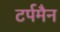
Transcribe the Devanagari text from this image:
टर्पमैन